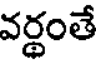
వర్థంతే